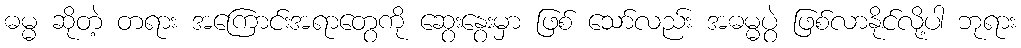
ဓမ္မ ဆိုတဲ့ တရား အကြောင်းအရာတွေကို ဆွေးနွေးမှာ ဖြစ် သော်လည်း အဓမ္မပွဲ ဖြစ်လာနိုင်လို့ပါ ဘုရား